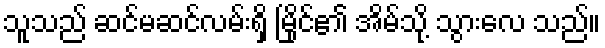
သူသည် ဆင်မဆင်လမ်းရှိ မြိုင်၏ အိမ်သို့ သွားလေ သည်။